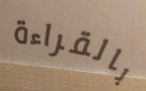
بالقراءة